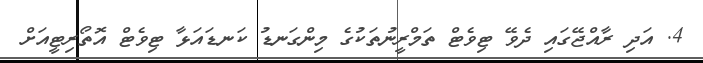
4. އަދި ރާއްޖޭގައި ދެވޭ ޓިވެޓް ތަމްރީނުތަކުގެ މިންގަނޑު ކަނޑައަޅާ ޓިވެޓް އޮތޯރިޓީއަށް